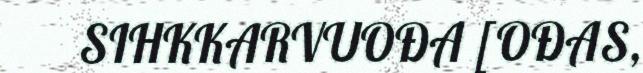
SIHKKARVUOĐA [OĐAS,